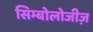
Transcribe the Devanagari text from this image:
सिम्बोलोजीज़